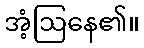
အံ့ဩနေ၏။